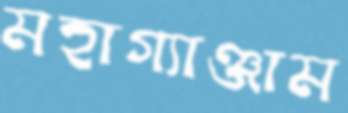
মহাগ্যাঞ্জাম